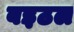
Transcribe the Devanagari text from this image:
बइठल